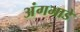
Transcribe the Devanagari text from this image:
अंगभाडे